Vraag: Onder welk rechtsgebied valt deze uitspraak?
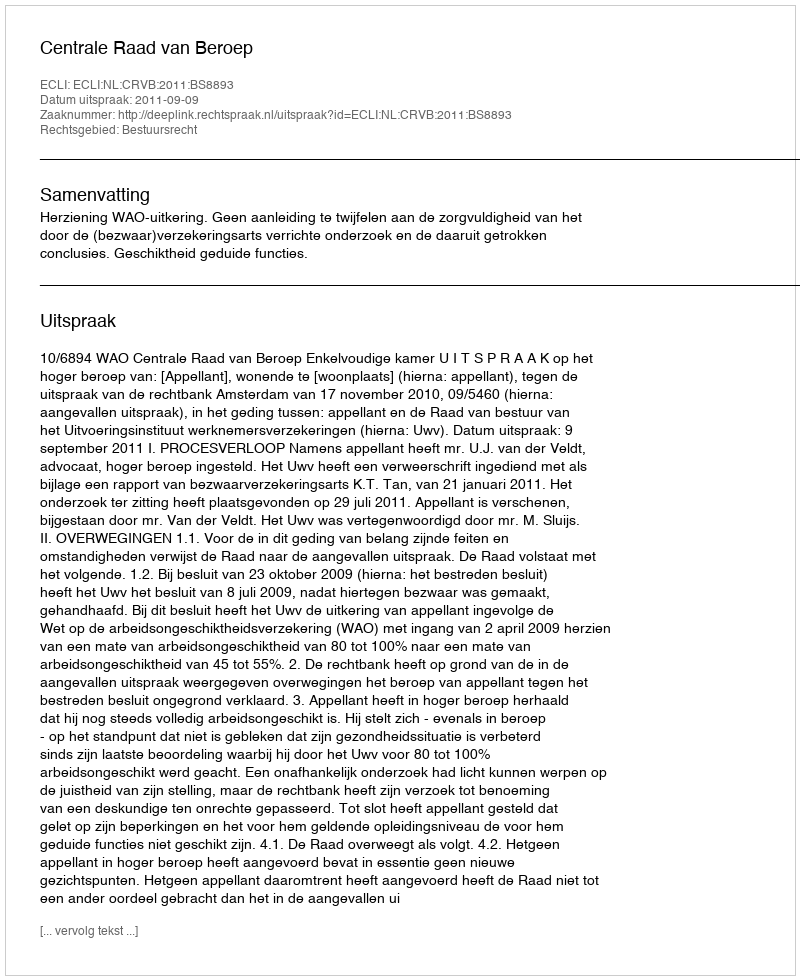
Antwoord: Bestuursrecht